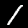
Digit: 1